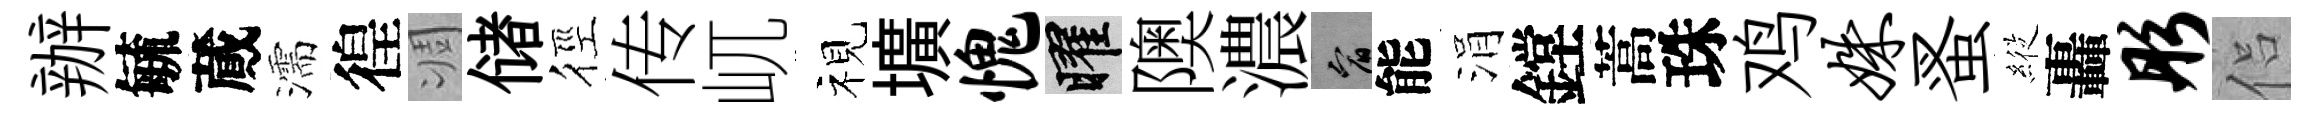
辦毓蕆濡徨凋储徑传屼视壙愧曜隩濃宥能涓鏜蒿珠鸡姝蚤𦂵轟彤侣